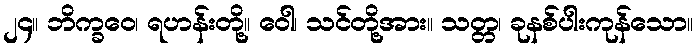
၂၄။ ဘိက္ခဝေ၊ ရဟန်းတို့။ ဝေါ၊ သင်တို့အား။ သတ္တ၊ ခုနစ်ပါးကုန်သော။